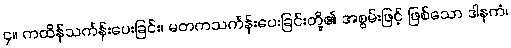
၄။ ကထိန်သင်္ကန်းပေးခြင်း၊ မတကသင်္ကန်းပေးခြင်းတို့၏ အစွမ်းဖြင့် ဖြစ်သော ဒါနကံ၊